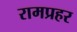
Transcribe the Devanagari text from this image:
रामप्रहर